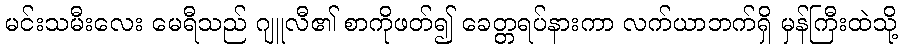
မင်းသမီးလေး မေရီသည် ဂျူလီ၏ စာကိုဖတ်၍ ခေတ္တရပ်နားကာ လက်ယာဘက်ရှိ မှန်ကြီးထဲသို့